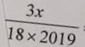
\frac { 3 x } { 1 8 \times 2 0 1 9 }